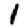
Digit: 1